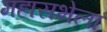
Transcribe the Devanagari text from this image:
महासभेला